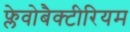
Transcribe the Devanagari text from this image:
फ्लेवोबैक्टीरियम